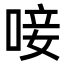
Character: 唼